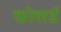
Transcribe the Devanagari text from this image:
कोलर्ड